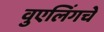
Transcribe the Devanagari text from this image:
वुएलिंगचे